65_HS1-834228961_62-HQ-83894_Section_10
Agency: FBI
Page 2
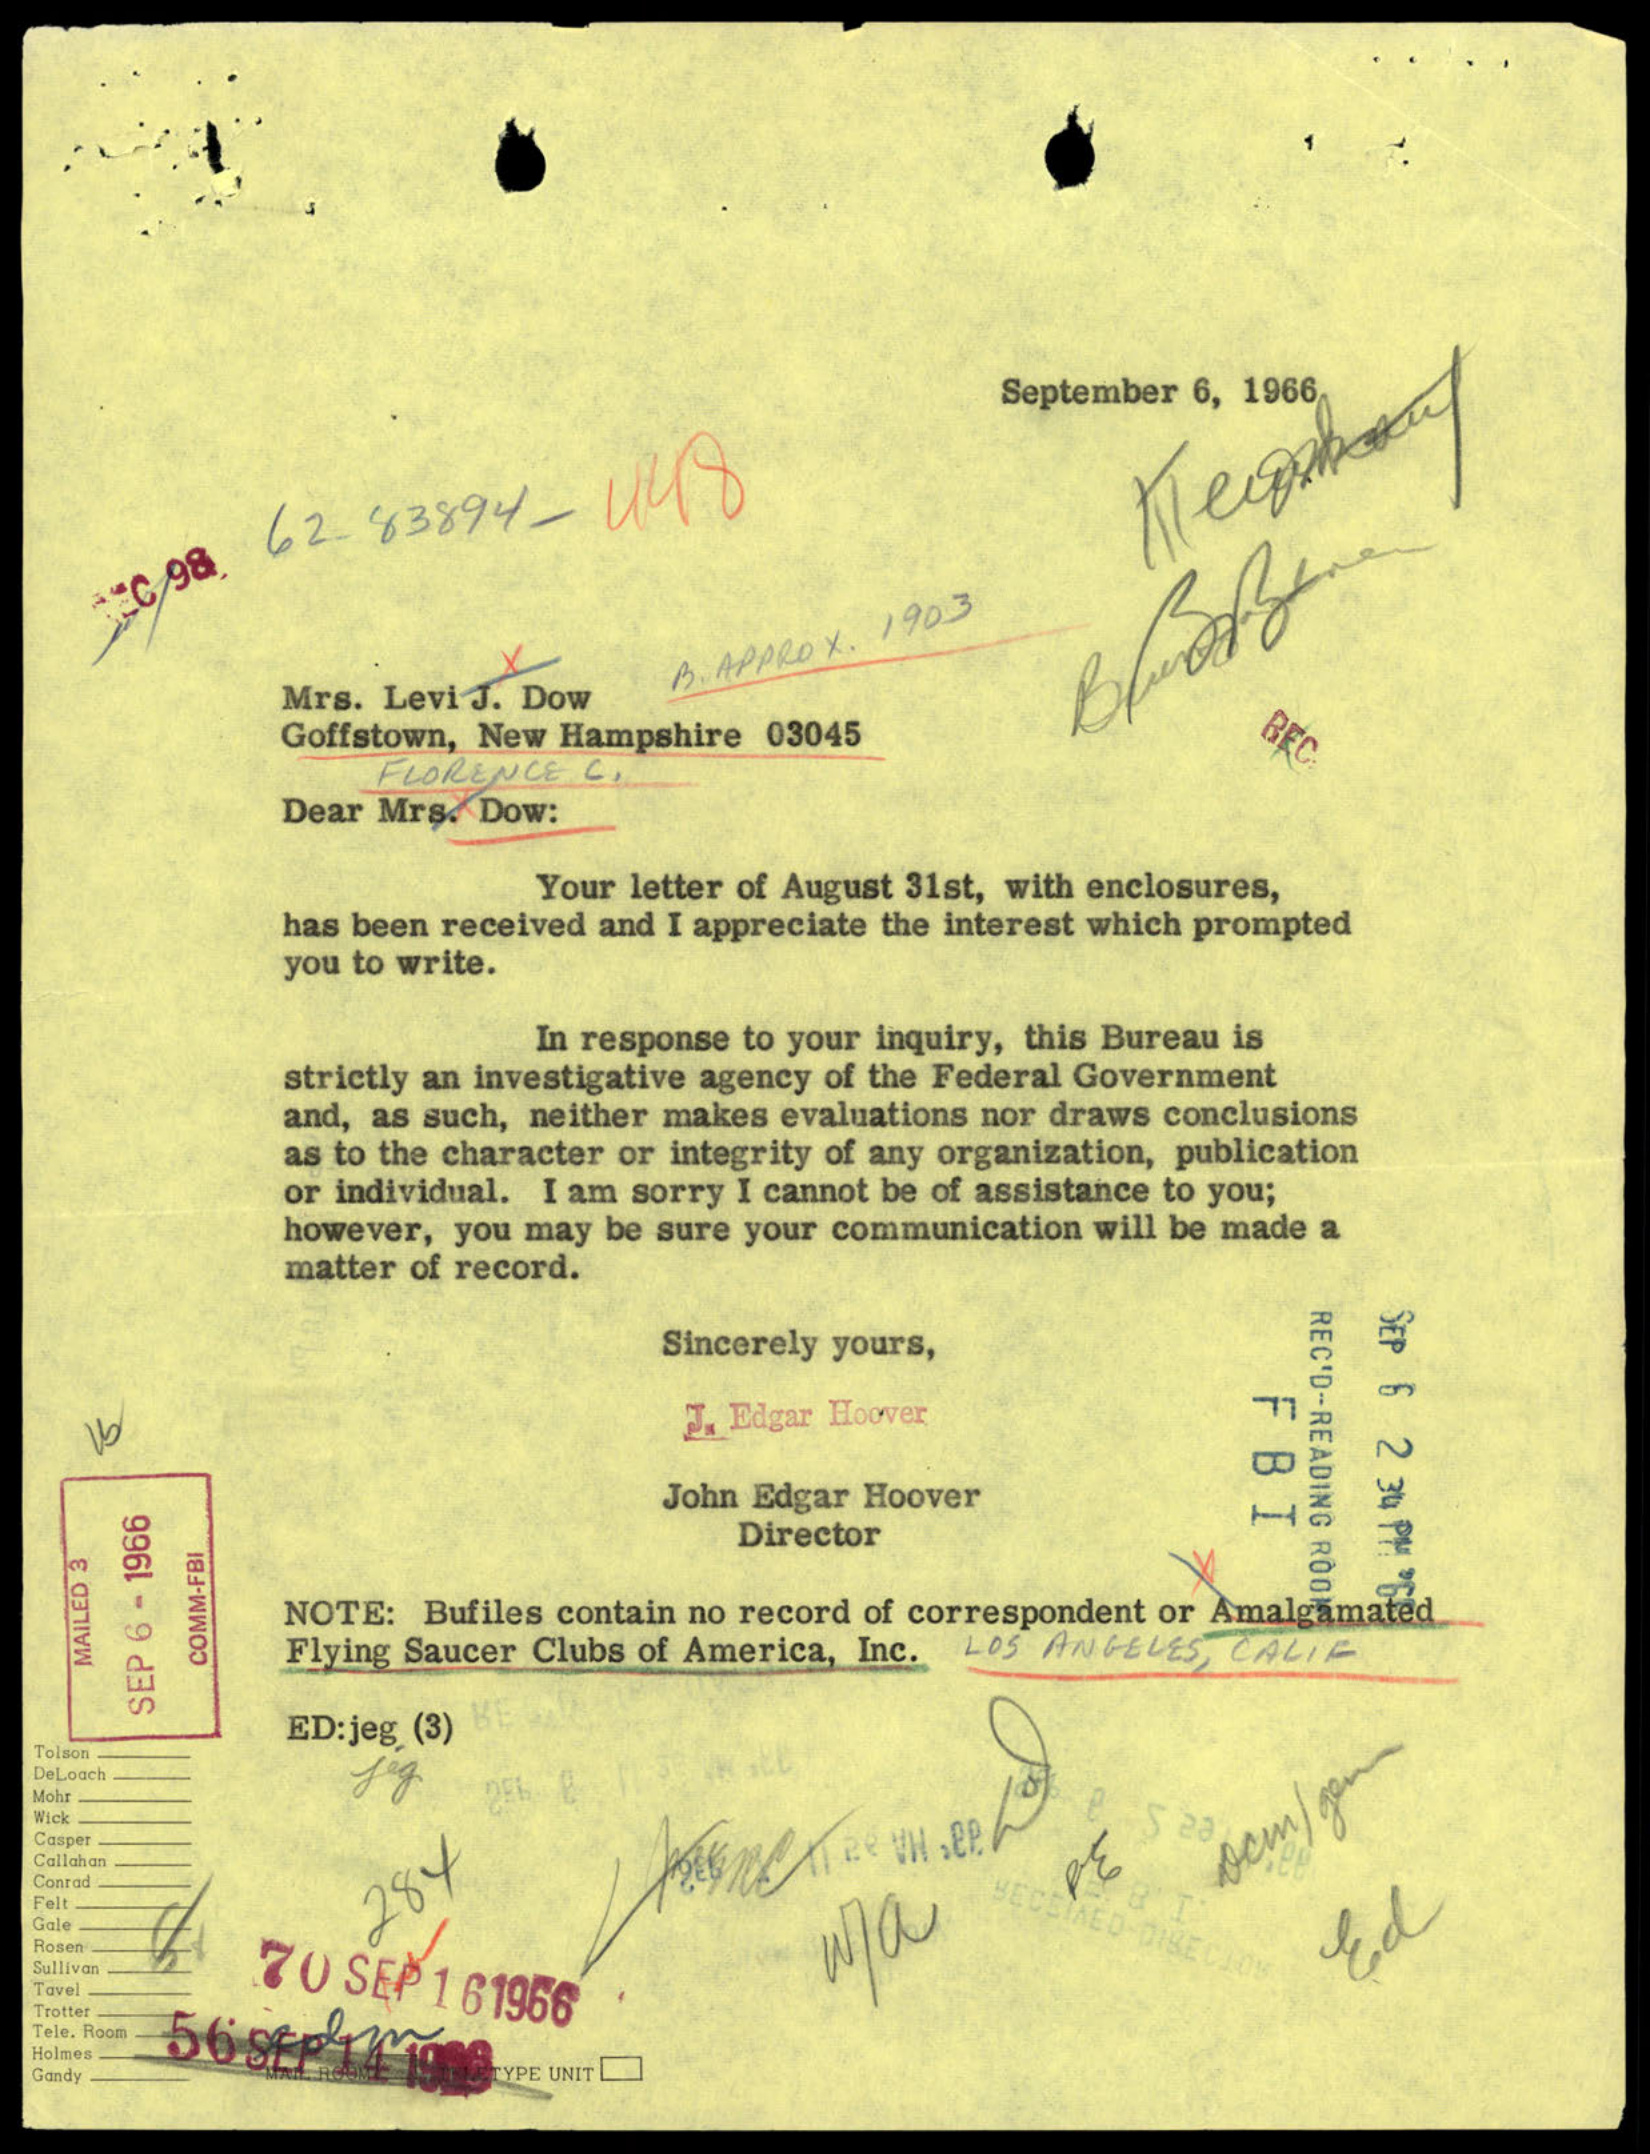